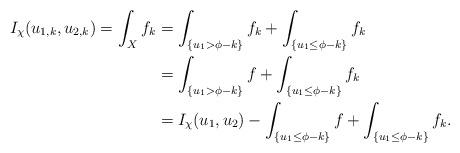
LaTeX: \begin{align*}I_{\chi}(u_{1,k}, u_{2,k}) = \int_{X} f_k &= \int_{\{u_1> \phi-k\}}f_k+ \int_{\{u_1 \le \phi-k\}} f_k\\& =\int_{\{u_1> \phi-k\}} f+ \int_{\{u_1 \le \phi -k\}} f_k\\&= I_\chi(u_1,u_2)- \int_{\{u_1\le \phi -k\}}f + \int_{\{u_1 \le \phi -k\}} f_k.\end{align*}